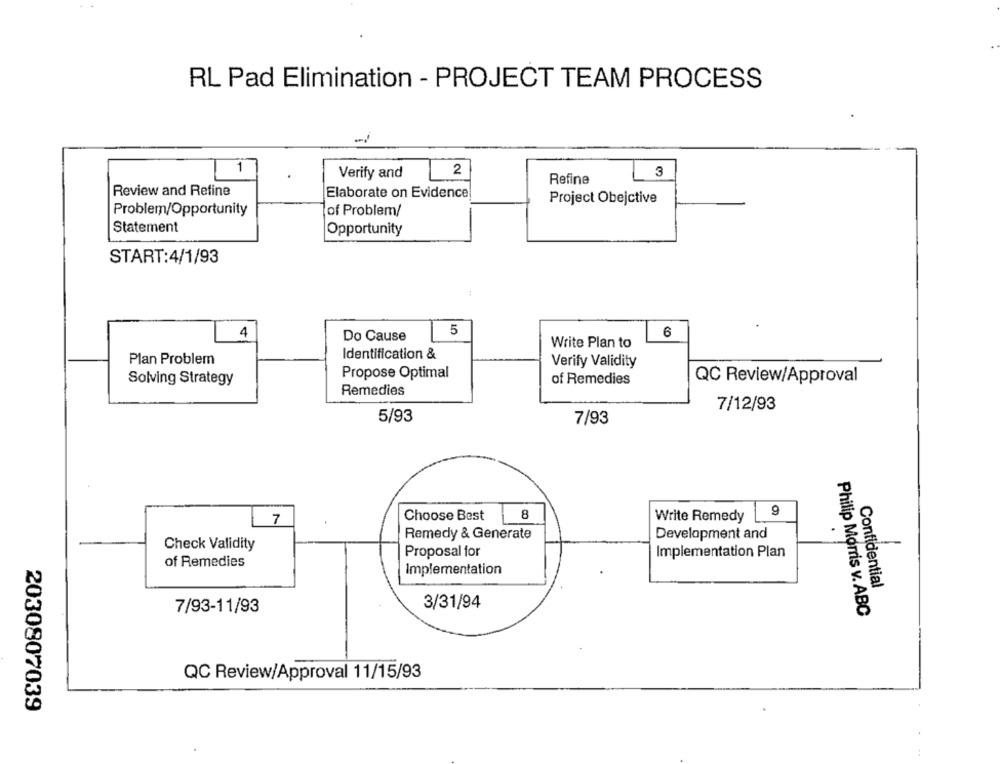
RL Pad Elimination - PROJECT TEAM PROCESS
1
Verify and
2
3
Refine
Review and Refine
Elaborate on Evidence
Project Obejctive
Problem/Opportunity
of Problem/
Statement
Opportunity
START:4/1/93
4
Do Cause
5
6
Write Plan to
Identification &
Plan Problem
Verify Validity
Propose Optimal
Solving Strategy
of Remedies
QC Review/Approval
Remedies
7/12/93
5/93
7/93
9
7
Choose Best
8
Write Remedy
Remedy & Generate
Development and
Check Validity
Proposal for
Implementation Plan
of Remedies
Implementation
Confidential
3/31/94
7/93-11/93
Philip Morris v. ABC
QC Review/Approval 11/15/93
2030807039